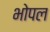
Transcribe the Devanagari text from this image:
भोपल